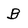
Character: B